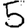
Digit: 5